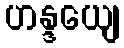
ဟန္ဒယျေ